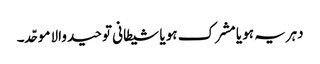
دہریہ ہو یا مشرک ہو یا شیطانی توحید والا موحّد۔